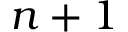
{ n + 1 }